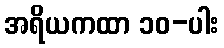
အရိယကထာ ၁၀-ပါး